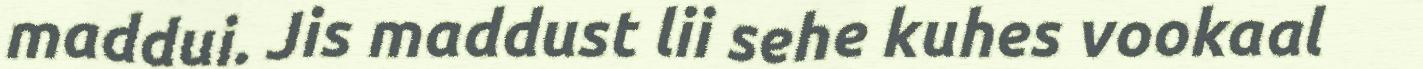
maddui. Jis maddust lii sehe kuhes vookaal